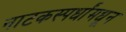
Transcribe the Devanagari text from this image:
नाटकस्पर्धांमधून